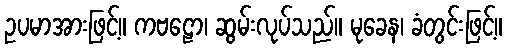
ဥပမာအားဖြင့်။ ကဗဠော၊ ဆွမ်းလုပ်သည်။ မုခေန၊ ခံတွင်းဖြင့်။